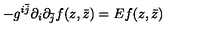
- g ^ { i \bar { j } } \partial _ { i } \partial _ { \bar { j } } f ( z , \bar { z } ) = E f ( z , \bar { z } )